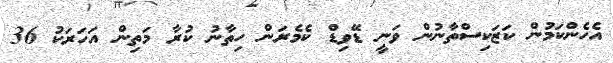
އެހެންކަމުން ކަޒަކިސްތާނުން ވަނީ ޑޭވިޑް ކެމެރަން ހިތާނު ކުރާ މަތިން އަހަރަކު 36